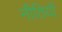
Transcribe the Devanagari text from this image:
नीतियॉं